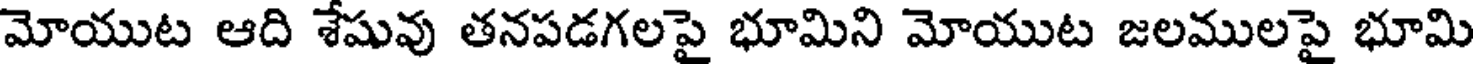
మోయుట ఆది శేషువు తనపడగలపై భూమిని మోయుట జలములపై భూమి